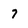
Character: 7